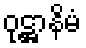
ဝုဋ္ဌာနိမံ